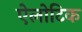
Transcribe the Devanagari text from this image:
ऐलोटिक